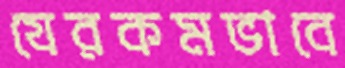
যেরকমভাবে